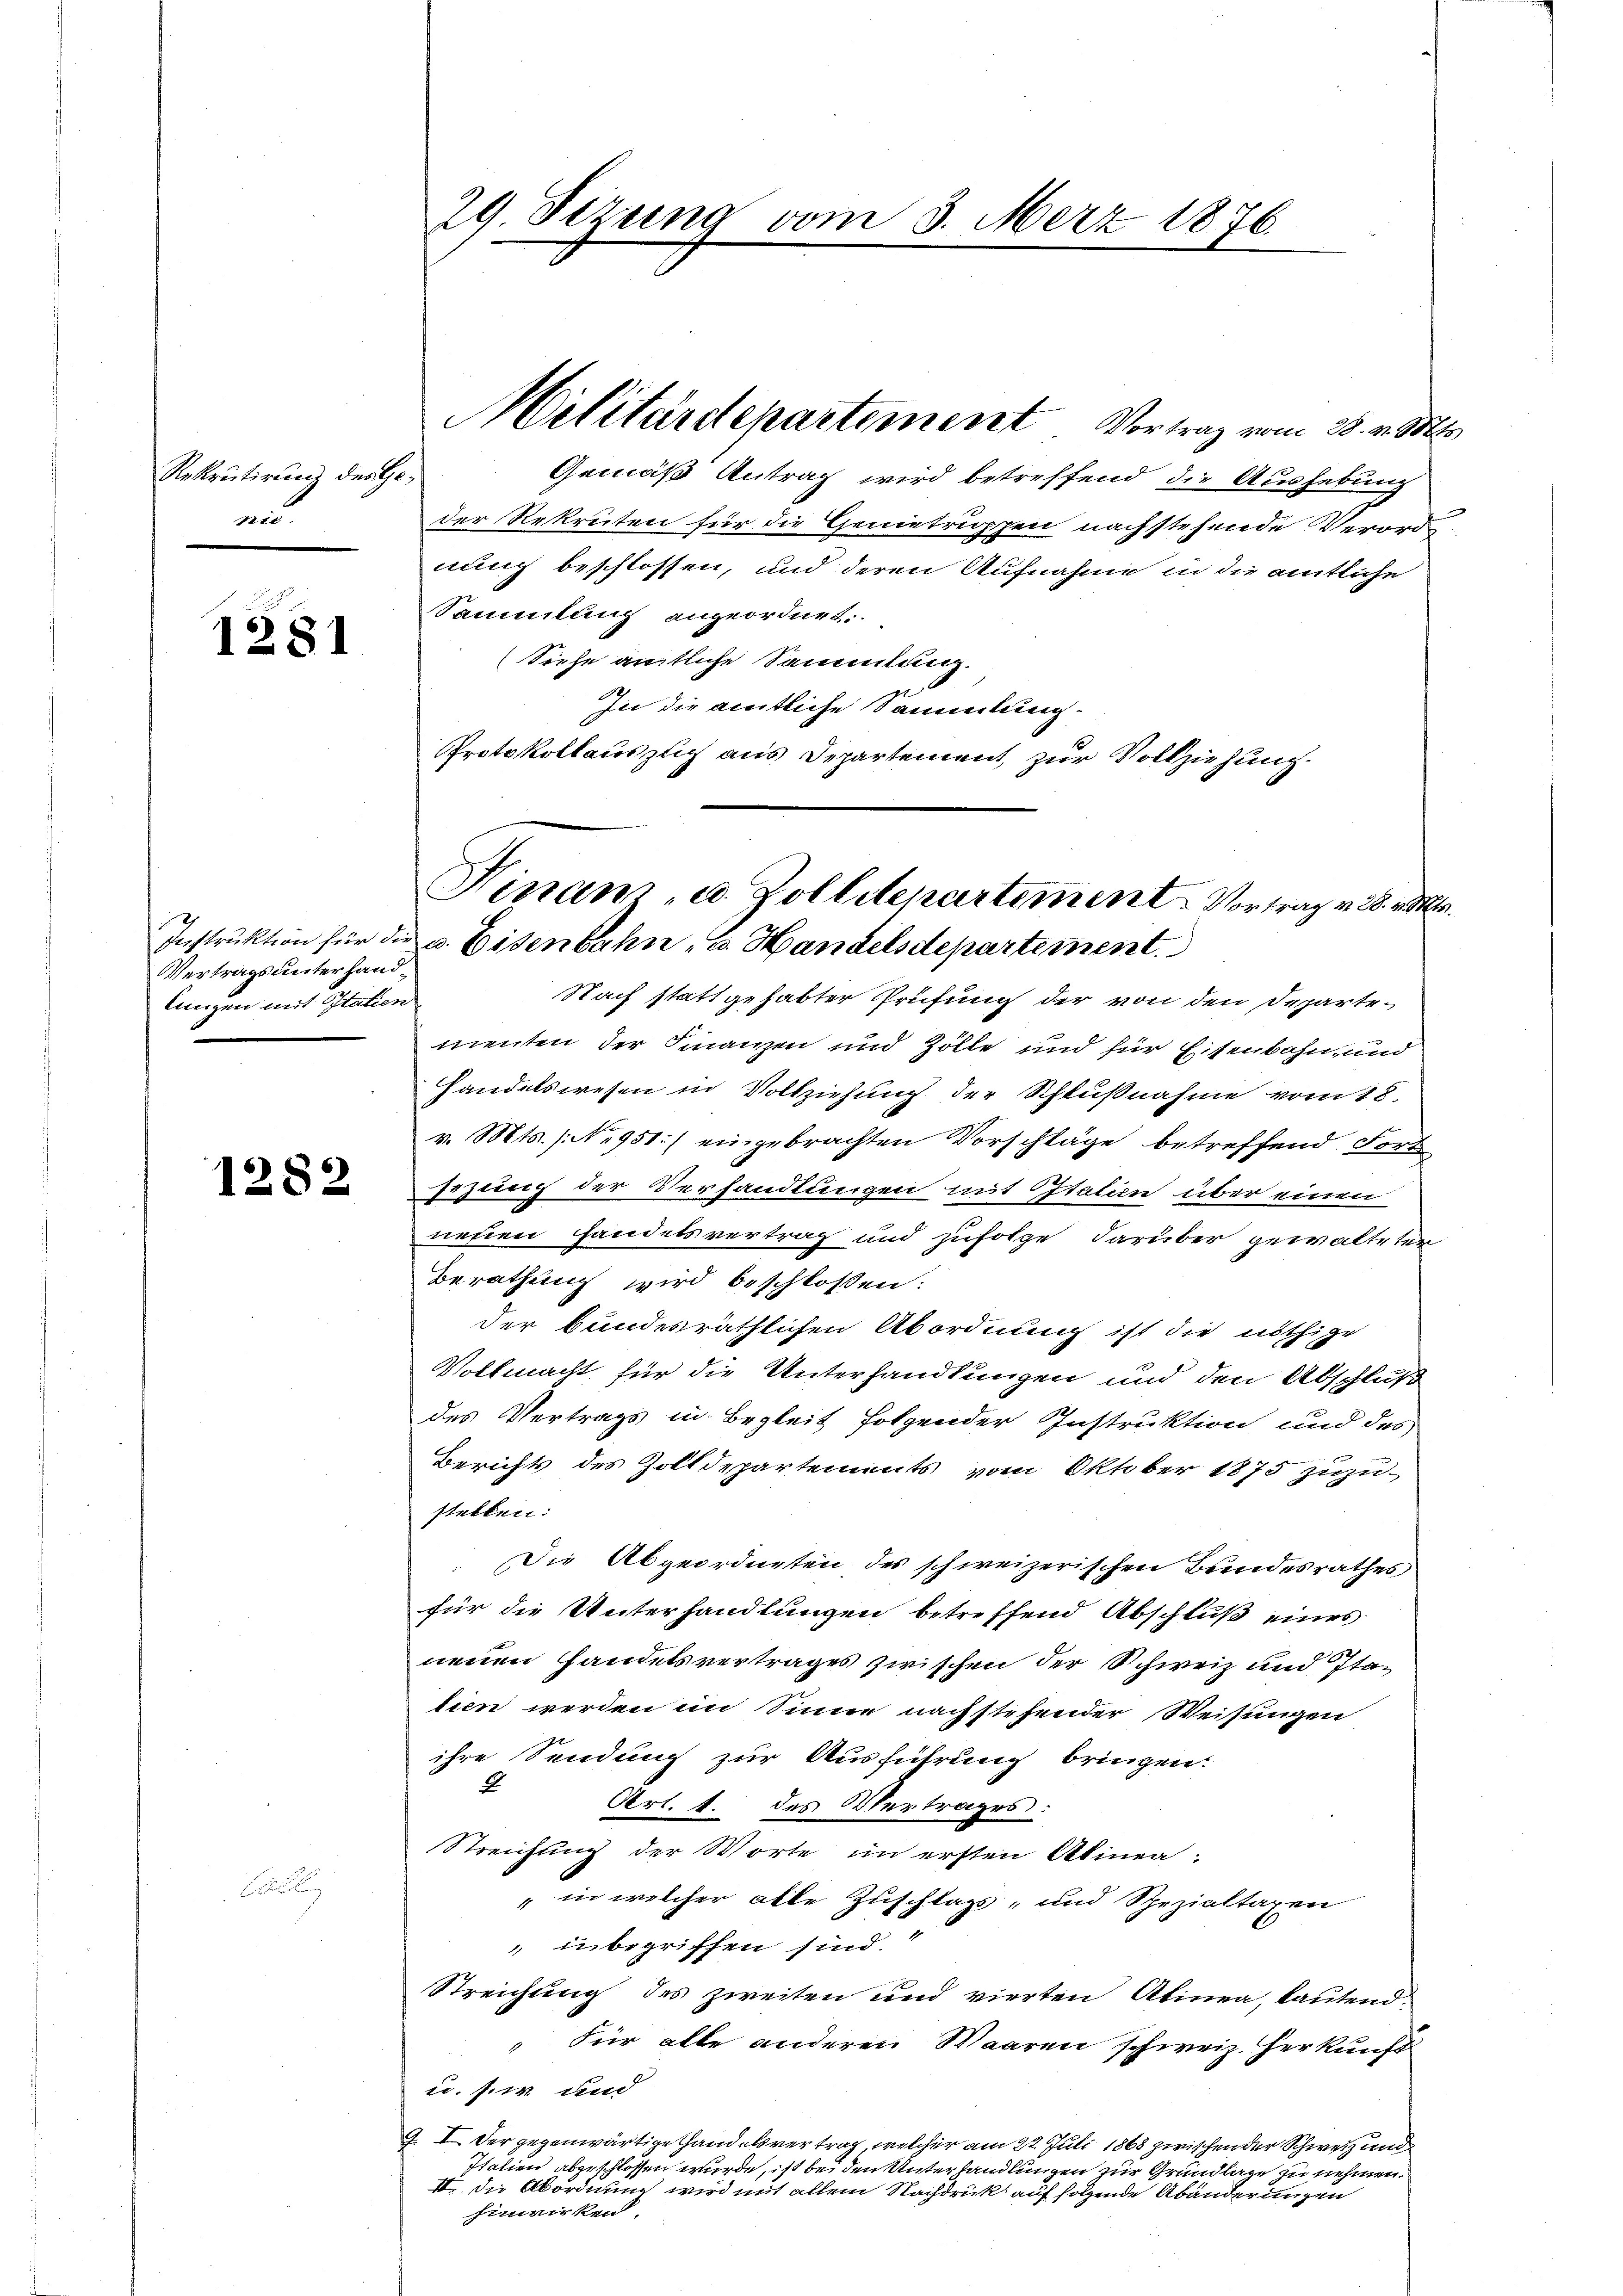
Rekrutirung des Gemi

1281

Vertrags unterhandlungen mit Statien

1282

¬

29 Sirung vom 3. März 1876

Gemäß Antrag wird betreffend die Aushebung
der Rekruten für die Genietruppen nachstehende Verordn
nung beschlossen, und deren Aufnahme in die amtliche
Sammlung angeordnet.
Siehe amtliche Sammlung.
In die amtliche Sammlung.
Protokollauszug aus Departement, zur Vollziehung.

Militärdepartement Vortrag vom 28. v. Mts.

Finan, u. Zolldepartement. Vortrag v. 28. v. M.
Instruktion für die u. Eisenbahn u. Handelsdepartement.

Nach statt gehabter Prüfung der von den Departementen der Finanzen und Zölle und für Eisenbahn, und
Handelswesen in Vollziehung der Schlußnahme vom 18.
v. Mts. No 951:/ eingebrachten Vorschläge betreffend. Fort
sezung der Verhandlungen mit Italien über einen
nehren Handelsvertrag und zufolge darüber gewalteter
Berathung wird beschlossen:
der bundesräthlichen Abordnung ist die nöthige
Vollmacht für die Unterhandlungen und den Abschluß
des Vertrags in Begleit folgender Instruktion und des
Berichts des Zolldepartements vom Oktober 1875 zuzu-
stellen:
 Die Abgeordneten des schweizerischen Bundesrathes
für die Unterhandlungen betreffend Abschluß eines
neuen Handelsvertrages zwischen der Schweiz und Itatien werden im Sinne nach stehender Weisungen
ihre Sendung zur Ausführung bringen.
E
Art. 4. des Vertrages:
Streichung der Worte in ersten Alinea-
" in welcher alle Zuschlags- und Spezialtaxen
 inbegriffen sind.
Streichung des zweiten und vierten Alinea, lautend.
"Für alle anderen Waaren schweiz. Herkunft
u. sie und
J. I. Der gegenwärtige Handelsvertrag, welcher am 22. Juli 1868 zwischen der Schweiz und
Italien abgeschlossen wurde, 11 beiden Unterhandlungen zur Grundlage zu nehmen.
II. Die Abordnung der mit allem Nachdruck auf folgende Abänderungen
Einwirken.